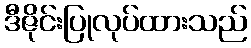
ဒီဇိုင်းပြုလုပ်ထားသည်